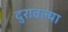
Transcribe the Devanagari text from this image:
दुरावल्या